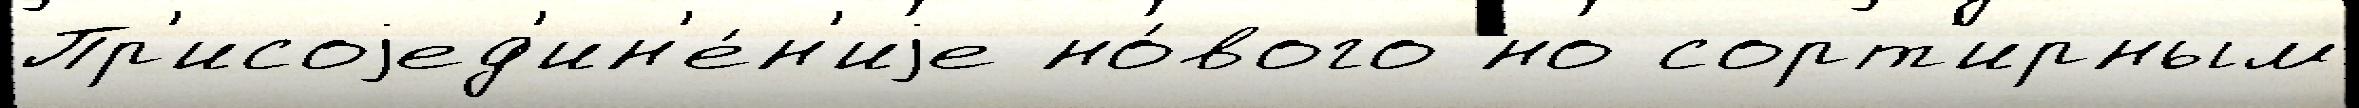
Пр'исоjед'ин'е́н'иjе но́вого но сорт'ирным